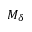
M _ { \delta }